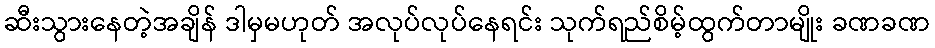
ဆီးသွားနေတဲ့အချိန် ဒါမှမဟုတ် အလုပ်လုပ်နေရင်း သုက်ရည်စိမ့်ထွက်တာမျိုး ခဏခဏ